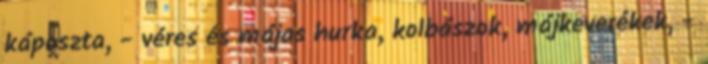
káposzta, - véres és májas hurka, kolbászok, májkeverékek, -